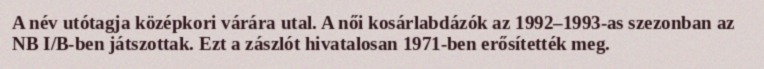
A név utótagja középkori várára utal. A női kosárlabdázók az 1992–1993-as szezonban az NB I/B-ben játszottak. Ezt a zászlót hivatalosan 1971-ben erősítették meg.